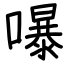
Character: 嚗